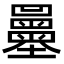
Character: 𡔌